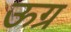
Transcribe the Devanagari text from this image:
ऊग्र